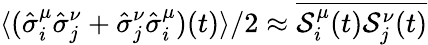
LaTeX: \langle(\hat{\sigma}_{i}^{\mu}\hat{\sigma}_{j}^{\nu}+\hat{\sigma}_{j}^{\nu}\hat{\sigma}_{i}^{\mu})(t)\rangle/2\approx\overline{{\mathcal{S}_{i}^{\mu}(t)\mathcal{S}_{j}^{\nu}(t)}}